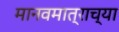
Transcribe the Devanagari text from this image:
मानवमात्राच्या